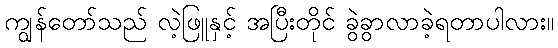
ကျွန်တော်သည် လဲ့ဖြူနှင့် အပြီးတိုင် ခွဲခွာလာခဲ့ရတာပါလား။